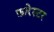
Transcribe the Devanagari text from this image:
फ़ारेस्टर